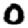
Digit: 0